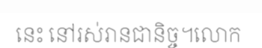
នេះ នៅរស់រានជានិច្ច។លោក